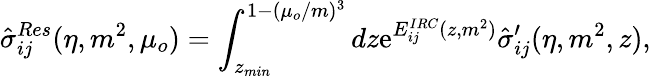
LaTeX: \hat{\sigma}_{ij}^{Res}(\eta,m^{2},\mu_{o})=\int_{z_{min}}^{1-(\mu_{o}/m)^{3}}dz\mathrm{e}^{E_{ij}^{IRC}(z,m^{2})}\hat{\sigma}_{ij}^{\prime}(\eta,m^{2},z),